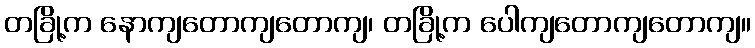
တခြို့က နောကျတောကျတောကျ၊ တခြို့က ပေါကျတောကျတောကျ။